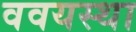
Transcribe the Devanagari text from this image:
ववयस्था